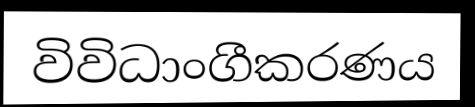
විවිධාංගීකරණය